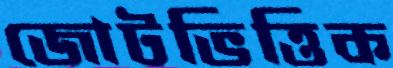
জোটভিত্তিক